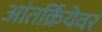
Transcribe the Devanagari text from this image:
आंतर्क्रियेवर